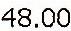
48.00